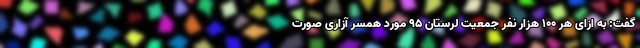
گفت: به ازای هر ۱۰۰ هزار نفر جمعیت لرستان ۹۵ مورد همسر آزاری صورت